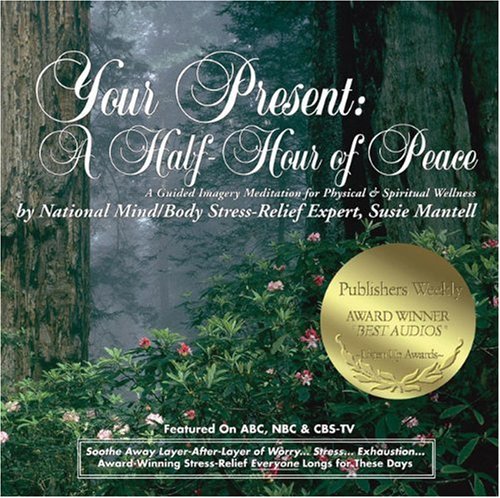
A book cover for Your Present: A Half-Hour of Peace: A Guided Imagery Meditation for Physical & Spiritual Wellness; Self-Help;